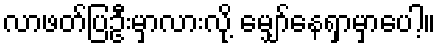
လာဖတ်ပြဦးမှာလားလို့ မျှော်နေရှာမှာပေါ့။